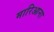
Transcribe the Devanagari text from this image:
मारिआना